Vaccination in Bombay 1902-1912 - 1902-1912
Year: 1902
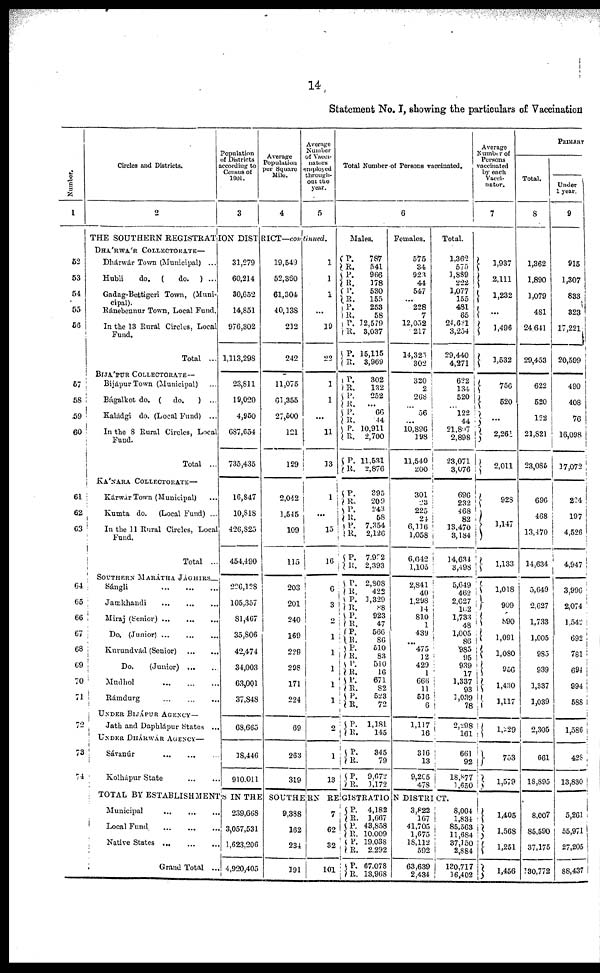
14
Statement No. I, showing the particulars of Vaccination
Number.
1
52
53
54
55
56
57
58
59
60
61
62
63
64
65
66
67
68
69
70
71
72
73
74
Circles and Districts.
2
Population
of Districts
according to
Census of
1901.
3
Average
Population
per Square
Mile.
4
Average
Number
of Vacci¬
nation
employed
through-
out the
year.
5
THE SOUTHERN REGISTRATION DISTRICT—continued.
DHÁRWÁR COLLECTORATE—
Dhárwár Town (Municipal) ...
Hubli
do. (
do. ) ...
Gadag-Bettigeri Town, (Muni¬
cipal).
Ránebennur Town, Local Fund.
In the 13 Rural Circles, Local
Fund.
Total ...
BIJÁPUR COLLECTORATE—
Bijápur Town (Municipal) ...
Bágalkot do. ( do.
) ...
Kaládgi do. (Local Fund) ...
In the 8 Rural Circles, Local
Fund.
Total ...
KÁNARA COLLECTORATE—
Kárwár Town (Municipal) ...
Kumta do. (Local Fund) ...
In the 11 Rural Circles, Local
Fund.
Total ...
SOUTHERN MARÁTHA JÁGHIRS—
Sángli
...
...
...
Jamkhandi
...
...
...
Miraj (Senior) ... ... ...
Do. (Junior)
...
...
...
Kurundvád (Senior)
...
...
Do.
(Junior) ... ...
Mudhol
...
...
...
Rámdurg
...
...
...
UNDER BIJÁPUR AGENCY—
Jath and Daphlápur States ...
UNDER DHÁRWAR AGENCY—
Sávanúr
...
...
...
Kolhápur State
...
...
31,279
60,214
30,652
14,851
976,302
1,113,298
23,811
19,020
4,950
687,654
735,435
16,847
10,818
426,825
454,490
226,128
105,357
81,467
35,806
42,474
34,003
63,001
37,848
68,665
18,446
910,011
19,549
52,350
61,304
40,138
212
242
11,075
61,355
27,500
121
129
2,042
1,545
109
115
203
201
240
169
229
298
171
224
69
263
319
1
1
1
...
19
22
1
1
...
11
13
1
...
15
16
6
3
2
1
1
1
1
1
2
1
13
Total Number of Persons vaccinated.
6
Males.
P.
R.
P. R.
P.
R.
P.
R.
P.
R.
P.
R.
P.
R.
P.
R.
P.
R.
P.
R.
P.
R.
787
541
966
178
530
155
253
58
12,579
3,037
15,115
3,969
302
132
252
...
66
44
10,911
2,700
11,531
2,876
P.
R.
P.
R.
P.
R.
P.
R.
395
209
243
58
7,354
2,126
7,992
2,393
P.
R.
P.
R. P.
R.
P.
R.
P.
R.
P.
R.
P.
R.
P.
R.
2,808
422
1,329
88
923
47
566
86
510
83
510
16
671
82
523
72
P.
R.
1,181
145
P.
R.
P.
R.
345
79
9,672
1,172
Females.
575
34
923
44
547
...
228
7
12,052
217
14,325
302
320
2
268
...
56
...
10,896
198
11,540
200
301
23
225
24
6,116
1,058
6,642
1,105
2,841
40
1,298
14
810
1
439
...
475
12
429
1
666
11
516
6
1,117
16
316
13
9,205
478
Total.
1,362
575
1,889
222
1,077
155
481
65
24,631
3,254
29,440
4,271
622
134
520
1
122
44
21,807
2,898
23,071
3,076
696
232
468
82
13,470
3,184
14,634
3,498
5,649
462
2,627
102
1,733
48
1,005
86
985
95
939
17
1,337
93
1,039
78
2,298
161
661
92
18,877
1,650
TOTAL BY ESTABLISHMENTS IN THE SOUTHERN REGISTRATION DISTRICT.
Municipal ... ... ...
Local Fund ... ... ...
Native States ... ... ...
Grand Total ...
239,668
3,057,531
1,623,206
4,920,405
9,388
162
234
191
7
62
32
101
P.
R.
P. R.
P.
R.
P.
R.
4,182
1,667
43,858
10,009
19,038
2,292
67,078
13,968
3,822
167
41,705
1,675
18,112
592
63,639
2,434
8,004
1,834
85,563
11,684
37,150
2,884
130,717
16,402
Average
Number of
Persons
vaccinated
by each
Vacci¬
nator.
7
1,937
2,111
1,232
...
1,496
1,532
756
520
...
2,261
2,011
928
1, 147
1,133
1,018
909
890
1,091
1,080
956
1,430
1,117
1,229
753
1,579
1,405
1,568
1,251
1,456
PRIMARY
Total.
8
1,362
1,890
1,079
481
24,641
29,453
622
520
122
21,821
23,085
696
468
13,470
14,634
5,649
2,627
1,733
1,005
985
939
1,337
1,039
2,305
661
18,895
8,007
85,590
37,175
130,772
Under
1 year.
9
915
1,307
833
323
17,221
20,599
490
408
76
16,098
17,072
224
197
4,526
4,947
3,996
2,074
1,542
692
781
694
994
588
1,586
428
13,830
5,261
55,971
27,205
88,437